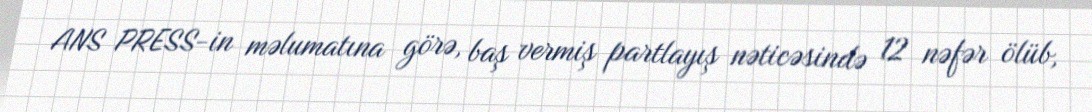
ANS PRESS-in məlumatına görə, baş vermiş partlayış nəticəsində 12 nəfər ölüb,